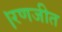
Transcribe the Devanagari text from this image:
।रणजीत